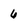
Character: 6